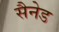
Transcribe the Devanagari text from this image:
सैनेड